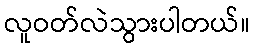
လူဝတ်လဲသွားပါတယ်။